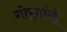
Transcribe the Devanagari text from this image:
गोर्‍यांनी